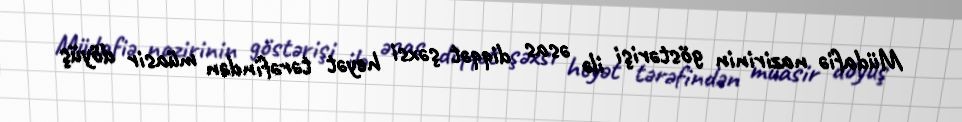
Müdafiə nazirinin göstərişi ilə əsas diqqət şəxsi heyət tərəfindən müasir döyüş